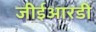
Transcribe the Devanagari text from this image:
जीईआरडी